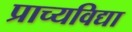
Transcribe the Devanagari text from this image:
प्राच्‍यविद्या